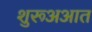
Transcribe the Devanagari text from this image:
शुरूअआत